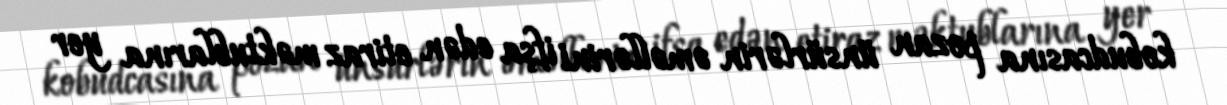
kobudcasına pozan ünsürlərin əməllərini ifşa edən etiraz məktublarına yer